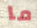
ما